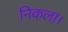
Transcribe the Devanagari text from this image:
निकला।